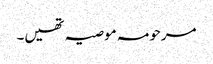
مرحومہ موصیہ تھیں۔